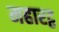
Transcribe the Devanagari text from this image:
महारट्ठ